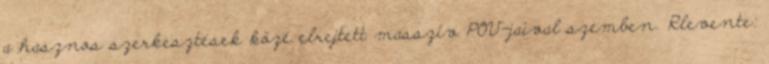
a hasznos szerkesztések közé elrejtett masszív POV-jaival szemben. Rlevente: